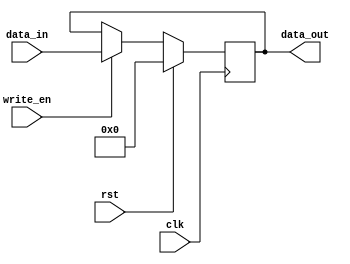
module Register_5bit (input clk, rst, write_en ,input [4:0] data_in, output [4:0] data_out);
    reg [4:0] data;

    always @(posedge clk) begin
        if (rst)
            data <= 4'b0;
        else if (write_en)
            data <= data_in;
    end

    assign data_out = data;

endmodule